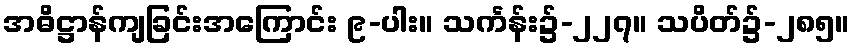
အဓိဋ္ဌာန်ကျခြင်းအကြောင်း ၉-ပါး။ သင်္ကန်း၌-၂၂၇။ သပိတ်၌-၂၈၅။